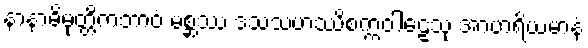
နာနာဓိမုတ္တိကဘာဝံ မစ္ဆဿ ဒသသဟဿိစက္ကဝါဠေသု အာဟရိယမာနံ